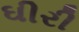
ઘીરી